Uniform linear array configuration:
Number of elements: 48
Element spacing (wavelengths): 0.25
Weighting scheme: exponential
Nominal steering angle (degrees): -45
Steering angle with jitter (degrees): -46.117
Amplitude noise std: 0.05
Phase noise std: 0.05

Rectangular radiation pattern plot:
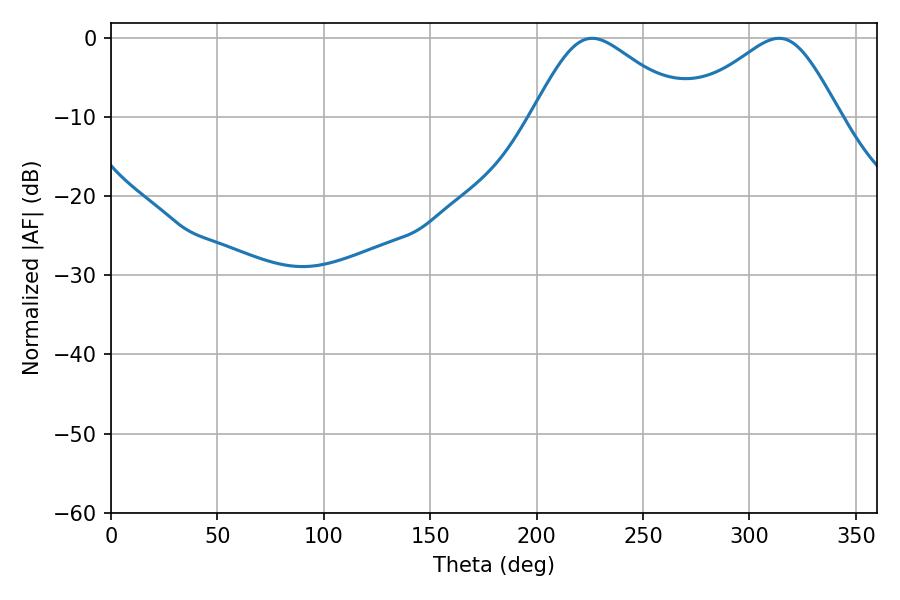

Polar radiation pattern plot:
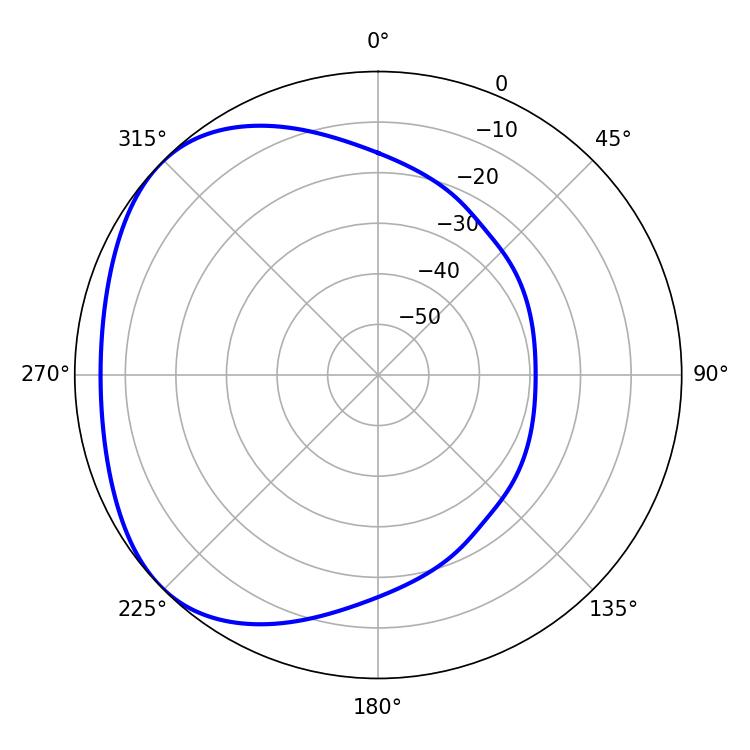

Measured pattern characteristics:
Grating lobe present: FALSE
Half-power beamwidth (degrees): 35.82
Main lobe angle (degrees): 226.08